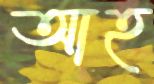
আহ